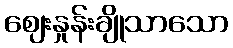
ဈေးနှုန်းချိုသာသော